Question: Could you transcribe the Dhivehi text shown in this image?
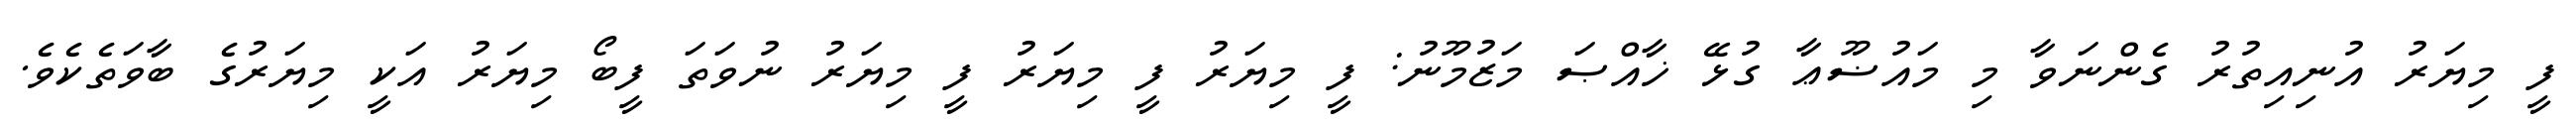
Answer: ފީ މިޔަރު އުނިއިތުރު ގެންނަވާ މި މައުޟޫޢާ ގުޅޭ ޚާއްޞަ މަޒުމޫނު: ފީ މިޔަރު ފީ މިޔަރު ފީ މިޔަރު ނުވަތަ ފީބޯ މިޔަރު އަކީ މިޔަރުގެ ބާވަތެކެވެ.